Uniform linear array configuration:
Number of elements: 12
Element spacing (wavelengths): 0.75
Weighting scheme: cosine
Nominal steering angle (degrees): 15
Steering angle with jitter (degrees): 15.317
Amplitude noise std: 0.05
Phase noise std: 0.05

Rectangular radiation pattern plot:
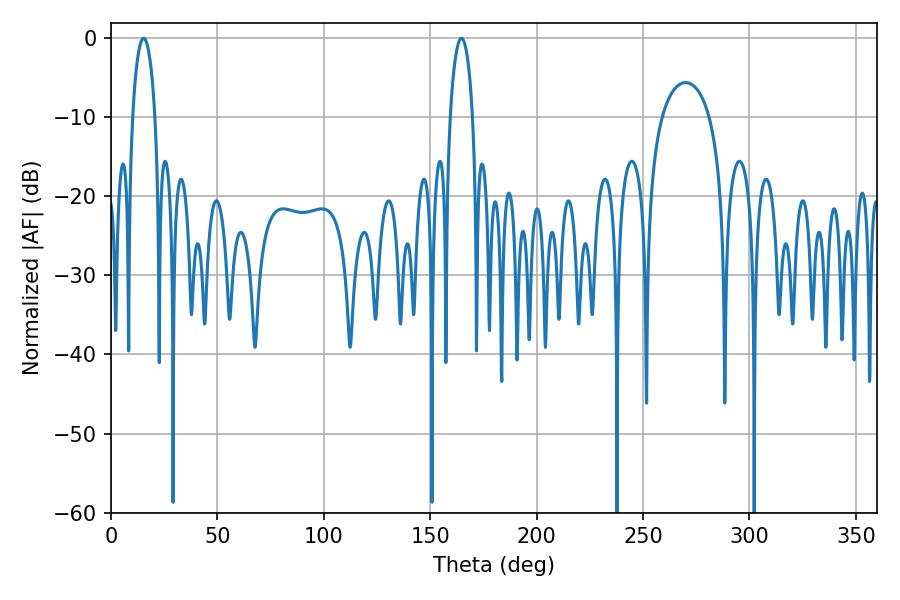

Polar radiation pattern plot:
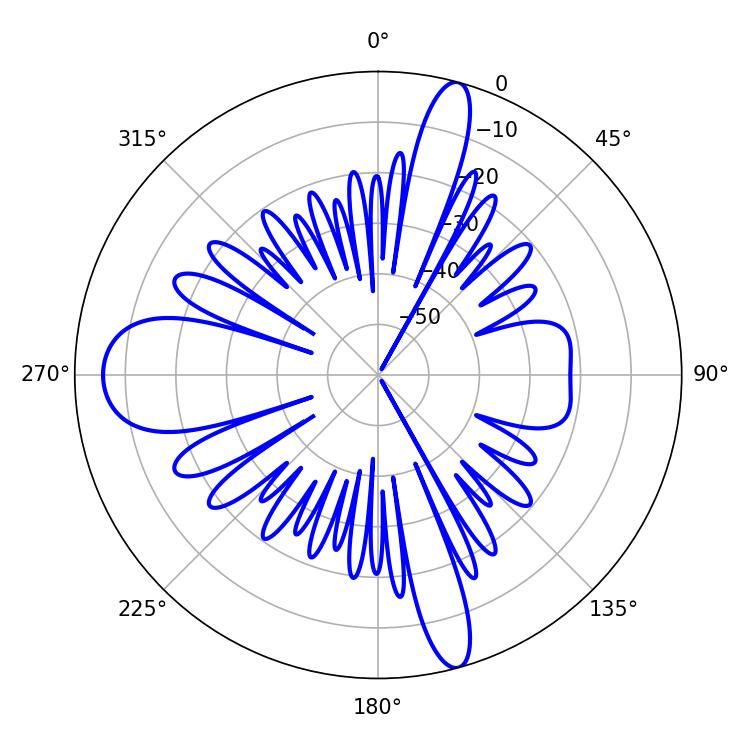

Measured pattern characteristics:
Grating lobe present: TRUE
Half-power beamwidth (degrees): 5.94
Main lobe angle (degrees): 15.3